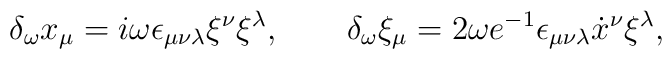
\delta_{\omega} x_\mu=i{\omega}\epsilon_{\mu\nu\lambda}\xi^\nu\xi^\lambda,\qquad\delta_{\omega}\xi_\mu=2{\omega} e^{-1}\epsilon_{\mu\nu\lambda}\dot{x}{}^{\nu}\xi^{\lambda},